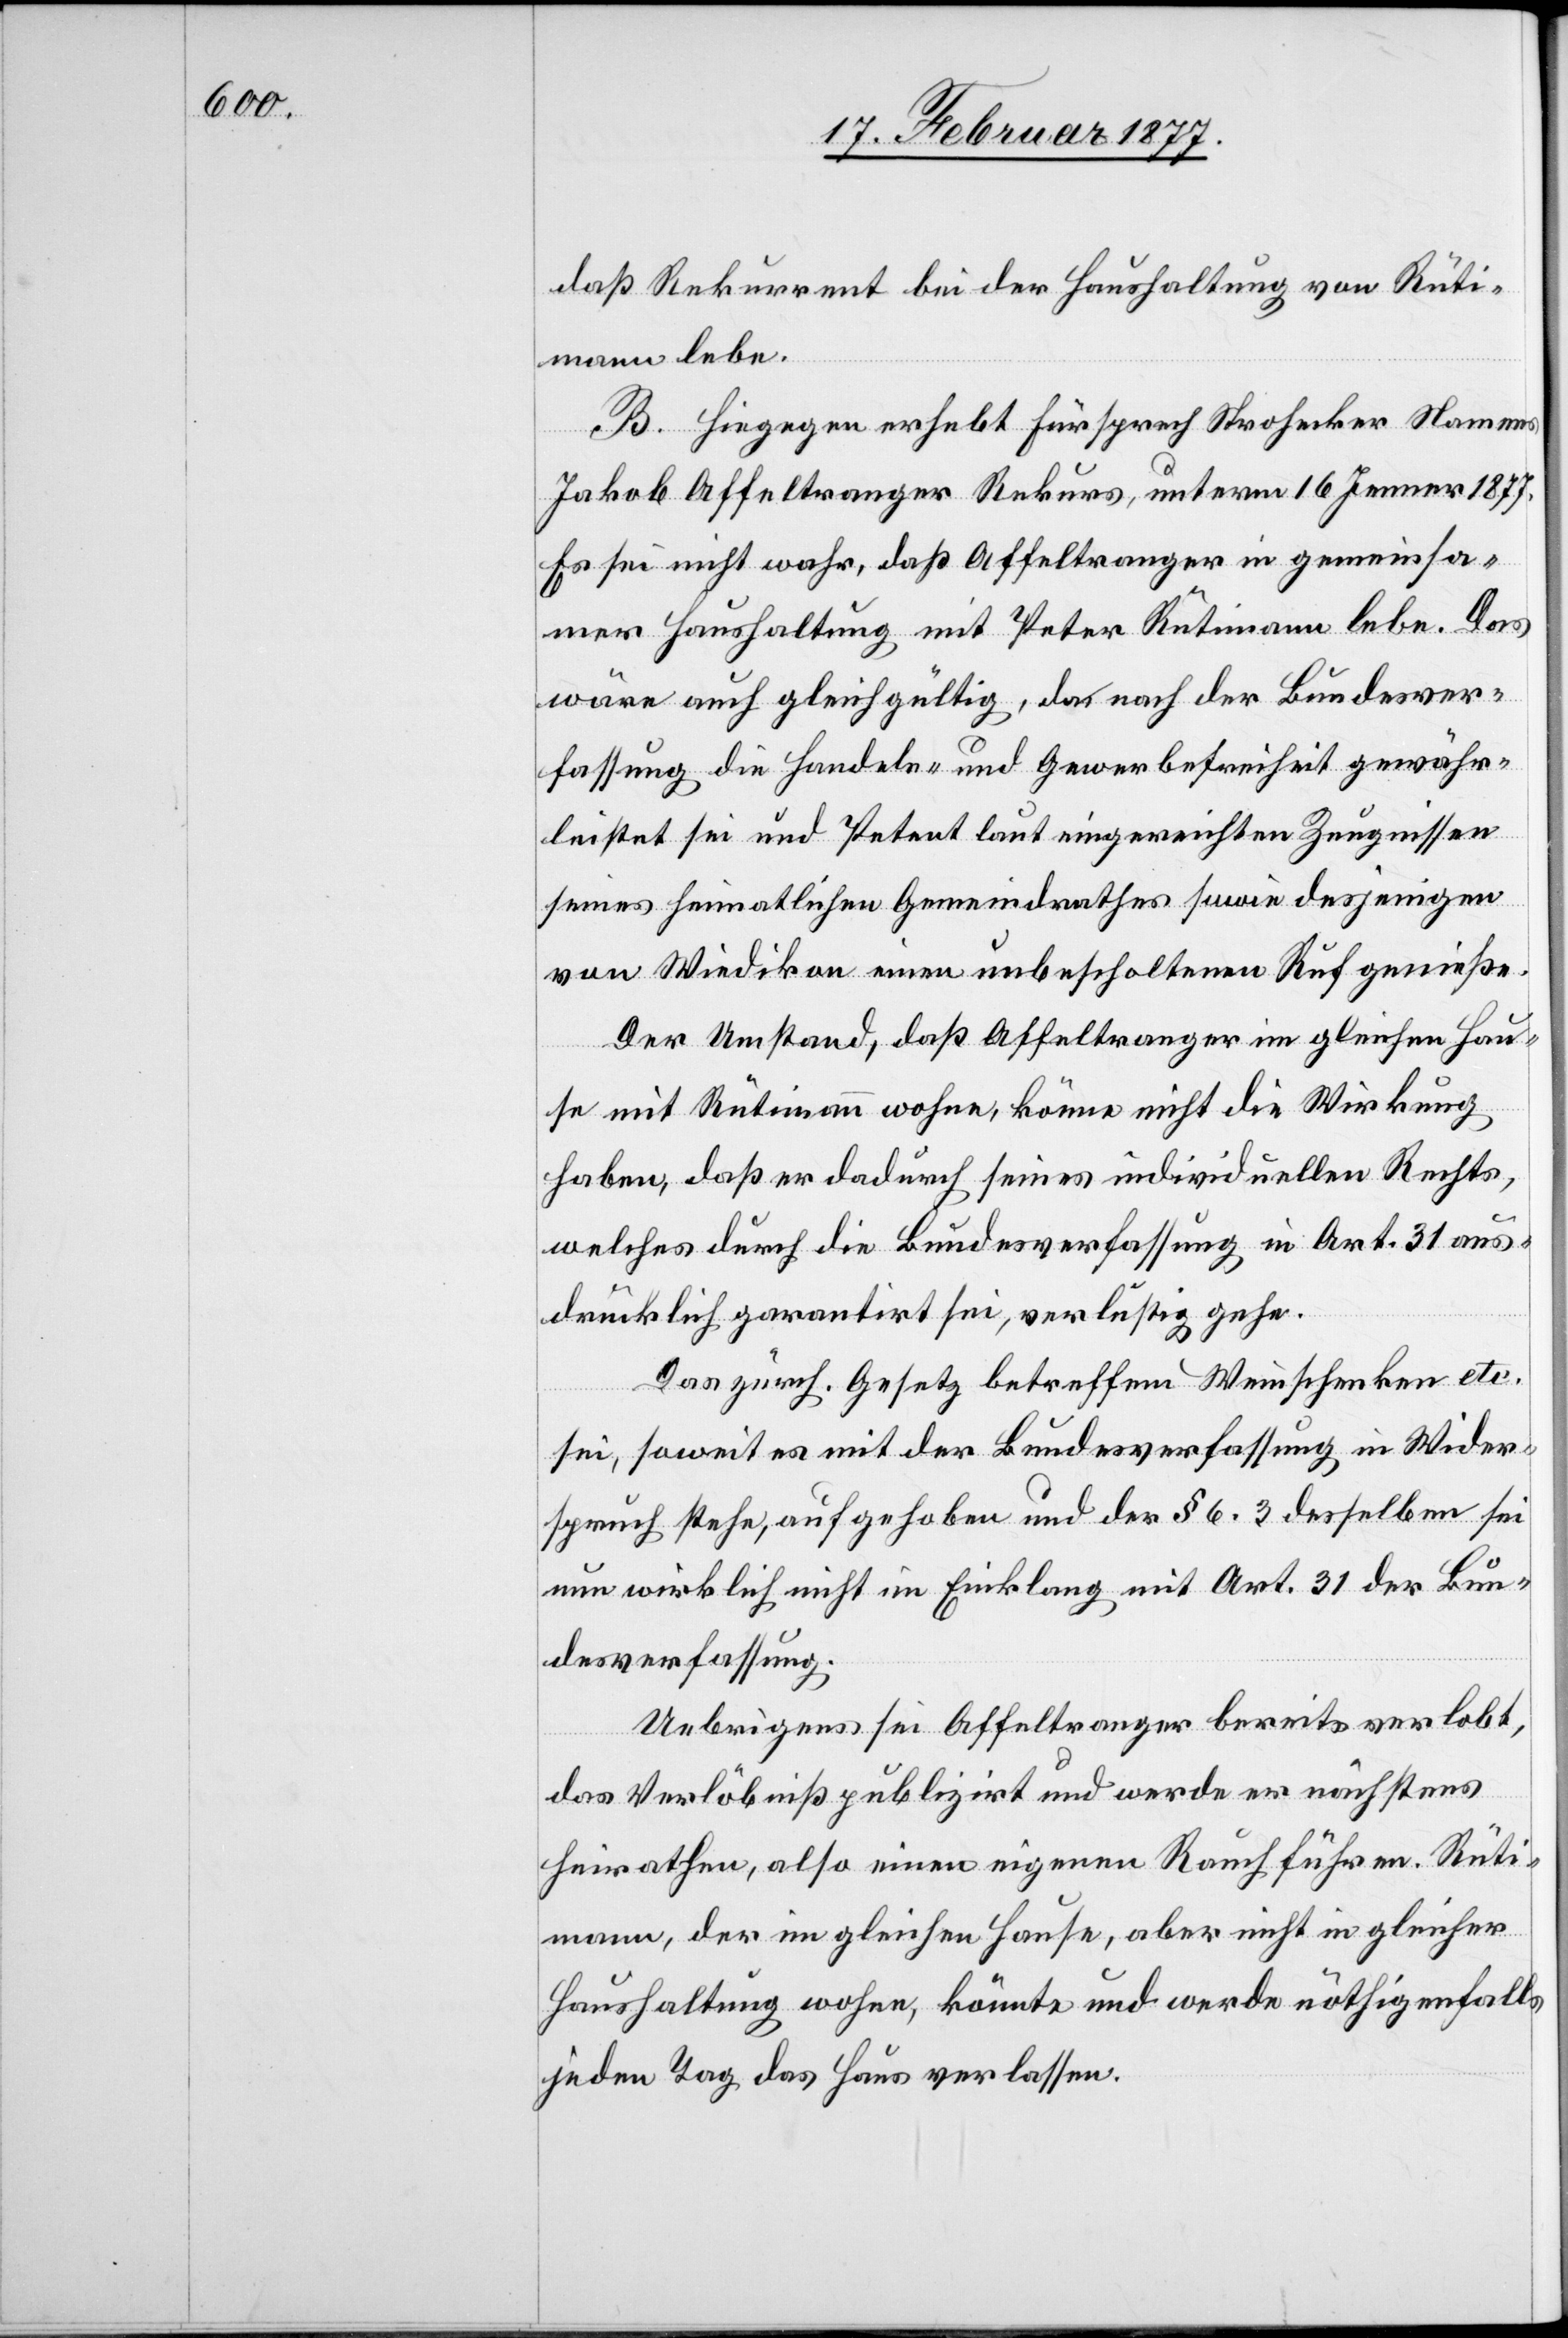
daß Rekurrent bei der Haushaltung von Rüti¬
mann lebe.
B. Hiegegen erhebt Fürsprech Strohecker Namens
Jakob Affeltranger Rekurs, unterm 16. Jenner 1877.
Es sei nicht wahr, daß Affeltranger in gemeinsa¬
mer Haushaltung mit Peter Rütimann lebe. Das
wäre auch gleichgültig, da nach der Bundesver¬
fassung die Handels- und Gewerbefreiheit gewähr¬
leistet sei und Petent laut eingereichten Zeugnissen
seines heimatlichen Gemeindrathes sowie desjenigen
von Wiedikon einen unbescholtenen Ruf genieße.
Der Umstand, daß Affeltranger im gleichen Hau¬
se mit Rütimann wohne, könne nicht die Wirkung
haben, daß er dadurch seines individuellen Rechts,
welches durch die Bundesverfassung in Art. 31 aus¬
drücklich garantirt sei, verlustig gehe.
Das zürch. Gesetz betreffend Weinschenken etc.
sei, soweit es mit der Bundesverfassung in Wider¬
spruch stehe, aufgehoben und der § 6.3 desselben sei
nun wirklich nicht im Einklang mit Art. 31 der Bun¬
desverfassung.
Uebrigens sei Affeltranger bereits verlobt,
das Verlöbniß publizirt und werde er nächstens
heirathen, also einen eigenen Rauch führen. Rüti¬
mann, der im gleichen Hause, aber nicht in gleicher
Haushaltung wohne, könnte und werde nöthigenfalls
jeden Tag das Haus verlassen.